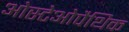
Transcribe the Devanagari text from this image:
ओस्टेओपैथिक